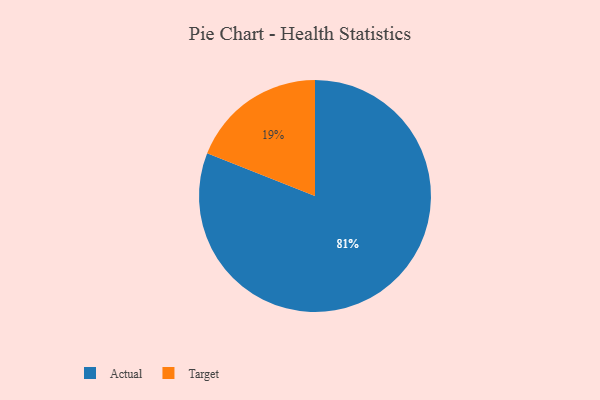
{"axis": {"x": "Category", "y": "Percentage"}, "legend": ["Actual", "Target"], "data": [{"x": "Target", "y": 19, "type": "Target"}, {"x": "Actual", "y": 81, "type": "Actual"}]}